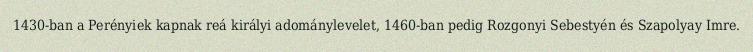
1430-ban a Perényiek kapnak reá királyi adománylevelet, 1460-ban pedig Rozgonyi Sebestyén és Szapolyay Imre.